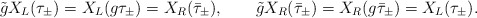
\begin{align*}\tilde{g}X_L(\tau_\pm) =X_L (g\tau _\pm) = X_R(\bar \tau _\pm),\qquad \tilde{g}X_R(\bar \tau _\pm) =X_R (g\bar \tau _\pm) = X_L (\tau_\pm). \end{align*}